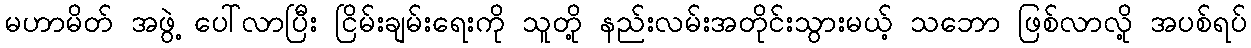
မဟာမိတ် အဖွဲ့ ပေါ်လာပြီး ငြိမ်းချမ်းရေးကို သူတို့ နည်းလမ်းအတိုင်းသွားမယ့် သဘော ဖြစ်လာလို့ အပစ်ရပ်